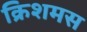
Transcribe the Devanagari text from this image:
क्रिशमस